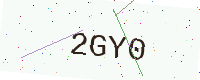
Text: 2GY0